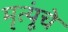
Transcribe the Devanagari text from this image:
मृत्यूंचे